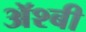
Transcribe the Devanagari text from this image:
ॲश्बी